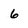
Character: 6